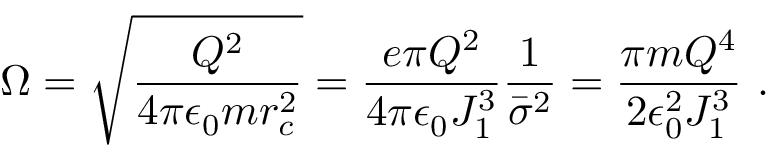
\Omega = \sqrt { \frac { Q ^ { 2 } } { 4 \pi \epsilon _ { 0 } m r _ { c } ^ { 2 } } } = { \frac { e \pi Q ^ { 2 } } { 4 \pi \epsilon _ { 0 } J _ { 1 } ^ { 3 } } } { \frac { 1 } { { \bar { \sigma } } ^ { 2 } } } = { \frac { \pi m Q ^ { 4 } } { 2 \epsilon _ { 0 } ^ { 2 } J _ { 1 } ^ { 3 } } } ~ .